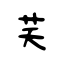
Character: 芺